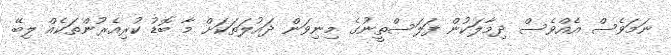
ނަމަވެސް އެއްވެސް ދިމާލަކުން ފަލަސްތީނުގެ މިނިވަން ދައުލަތަކަށް މާ ބޮޑު ކުރިއެރުންތަކެއް ލިބޭ